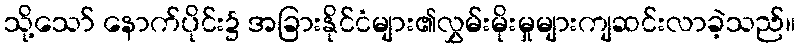
သို့သော် နောက်ပိုင်း၌ အခြားနိုင်ငံများ၏လွှမ်းမိုးမှုများကျဆင်းလာခဲ့သည်။